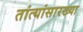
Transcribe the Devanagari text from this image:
तांत्यांसारख्या